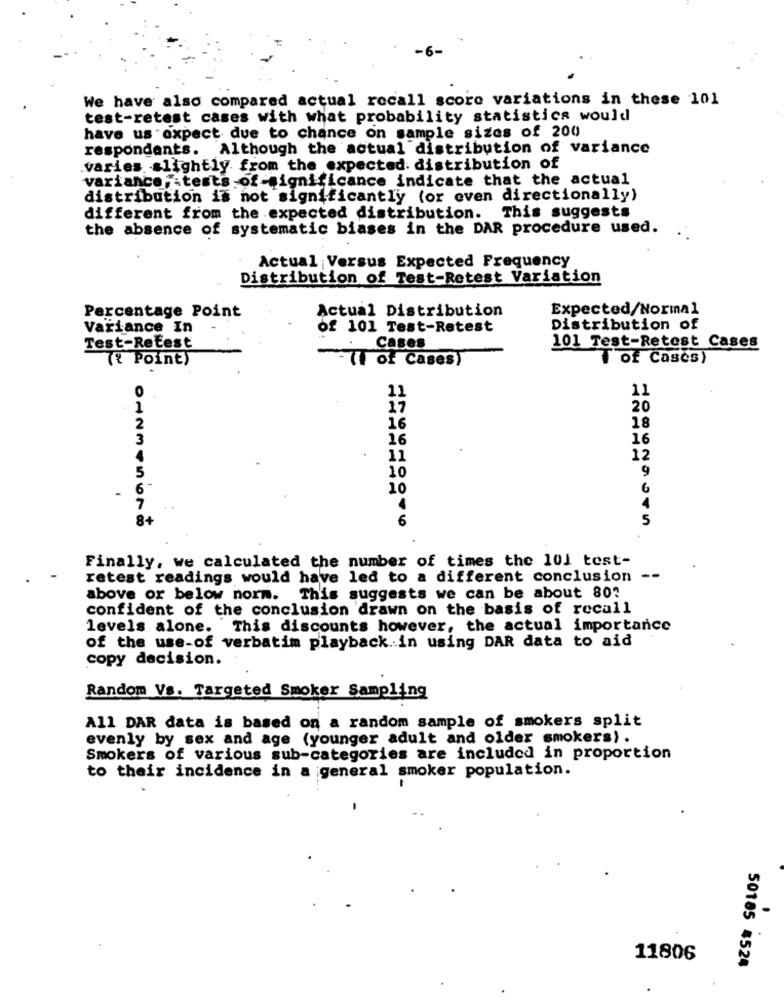
We have also compared actual recall score variations in these 101
test-retest cases with what probability statistics would
have us expect due to chance on sample sizes of 200
respondents. Although the actual distribution of variance
varies slightly from the expected. distribution of
variance tests -of -significance indicate that the actual
distribution is not significantly (or even directionally)
different from the expected distribution. This suggests
the absence of systematic biases in the DAR procedure used.
Actual Versus Expected Frequency
Distribution of Test-Retest Variation
Percentage Point
Actual Distribution
Expected/Normal
Variance In
of 101 Test-Retest
Distribution of
101 Test-Retest Cases
Test-Refest
Cases
({ Point)
(1 of Cases)
T of Cases)
11
11
20
2
16
18
16
16
3
11
12
9
5
10
10
6
8+
012345678
6
5
Finally, we calculated the number of times the 101 test-
retest readings would have led to a different conclusion
above or below norm. This suggests we can be about 80?
confident of the conclusion drawn on the basis of recall
levels alone. This discounts however, the actual importance
of the use-of verbatim playback. in using DAR data to aid
copy decision.
Random Vs. Targeted Smoker Sampling
All DAR data is based on a random sample of smokers split
evenly by sex and age (younger adult and older smokers).
Smokers of various sub-categories are included in proportion
to their incidence in a general smoker population.
.
11806
50185 4524
.